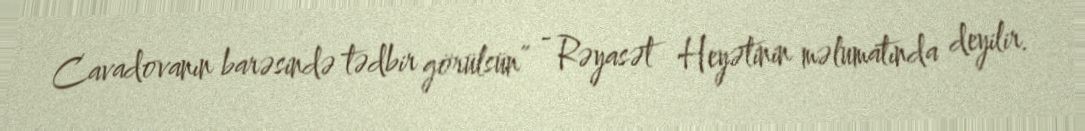
Cavadovanın barəsində tədbir görülsün” - Rəyasət Heyətinin məlumatında deyilir.